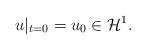
LaTeX: \begin{align*}u|_{t=0}=u_{0}\in \mathcal{H}^{1}. \end{align*}